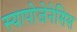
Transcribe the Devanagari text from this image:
स्यापोजेनेसिस